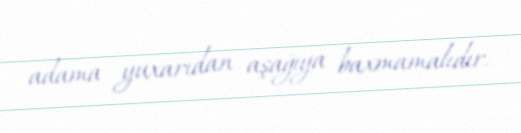
adama yuxarıdan aşağıya baxmamalıdır.